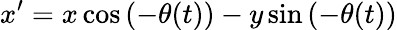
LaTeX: x^{\prime}=x\cos\left(-\theta(t)\right)-y\sin\left(-\theta(t)\right)